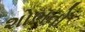
શોભતો